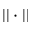
| | \cdot | |